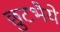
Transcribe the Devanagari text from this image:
छुटभैये